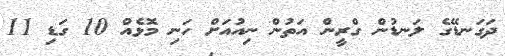
ދަގަނޑޭގެ ލަނޑުން ގްރީން އަތުން ނިއުއަށް ހަނި މޮޅެއް 10 ގަޑި 11